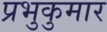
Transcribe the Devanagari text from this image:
प्रभुकुमार